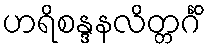
ဟရိစန္ဒနလိတ္တင်္ဂိံ